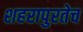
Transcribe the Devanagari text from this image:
शहरापुरतेच